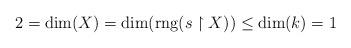
LaTeX: \begin{align*}2=\mathrm{dim}(X)=\mathrm{dim}( \mathrm{rng}(s\upharpoonright X))\leq \mathrm{dim}(k)=1\end{align*}